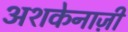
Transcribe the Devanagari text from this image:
अशकेनाज़ी